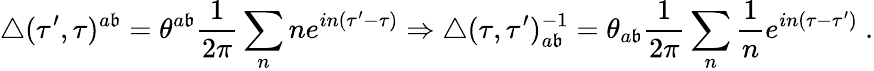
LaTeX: \triangle(\tau^{\prime},\tau)^{a\mathfrak{b}}=\theta^{a\mathfrak{b}}\frac{{1}}{{2\pi}}\sum_{n}ne^{in(\tau^{\prime}-\tau)}\Rightarrow\triangle(\tau,\tau^{\prime})_{a\mathfrak{b}}^{-1}=\theta_{a\mathfrak{b}}\frac{{1}}{{2\pi}}\sum_{n}\frac{{1}}{{n}}e^{in(\tau-\tau^{\prime})}\ .